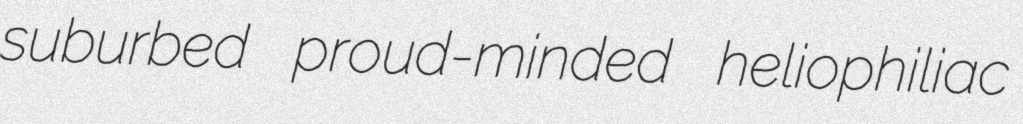
suburbed proud-minded heliophiliac